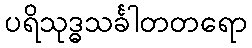
ပရိသုဒ္ဓသင်္ခါတတရော